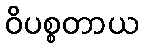
ဝိပစ္စတာယ